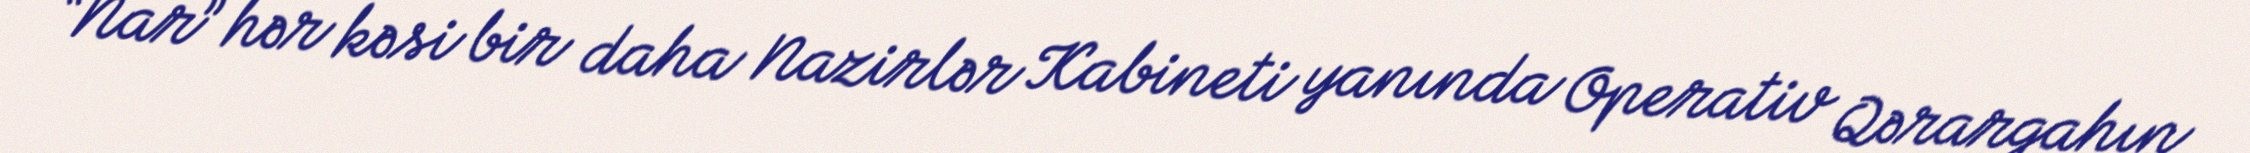
“Nar” hər kəsi bir daha Nazirlər Kabineti yanında Operativ Qərargahın